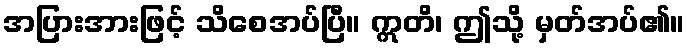
အပြားအားဖြင့် သိစေအပ်ပြီ။ ဣတိ၊ ဤသို့ မှတ်အပ်၏။